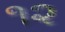
૧૨